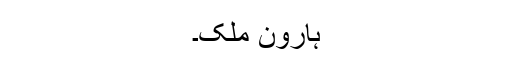
ہارُون مُلک۔